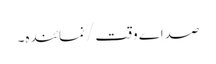
صداِے وقت/ نمائندہ۔